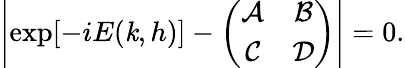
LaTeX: \left|\exp[-iE(\mathit{k},h)]-\left(\begin{array}{cc}{\mathcal{A}}&{\mathcal{B}}\\ {\mathcal{C}}&{\mathcal{D}}\end{array}\right)\right|=0.